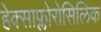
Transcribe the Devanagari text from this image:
हेक्साफ्लोरोसिलिक